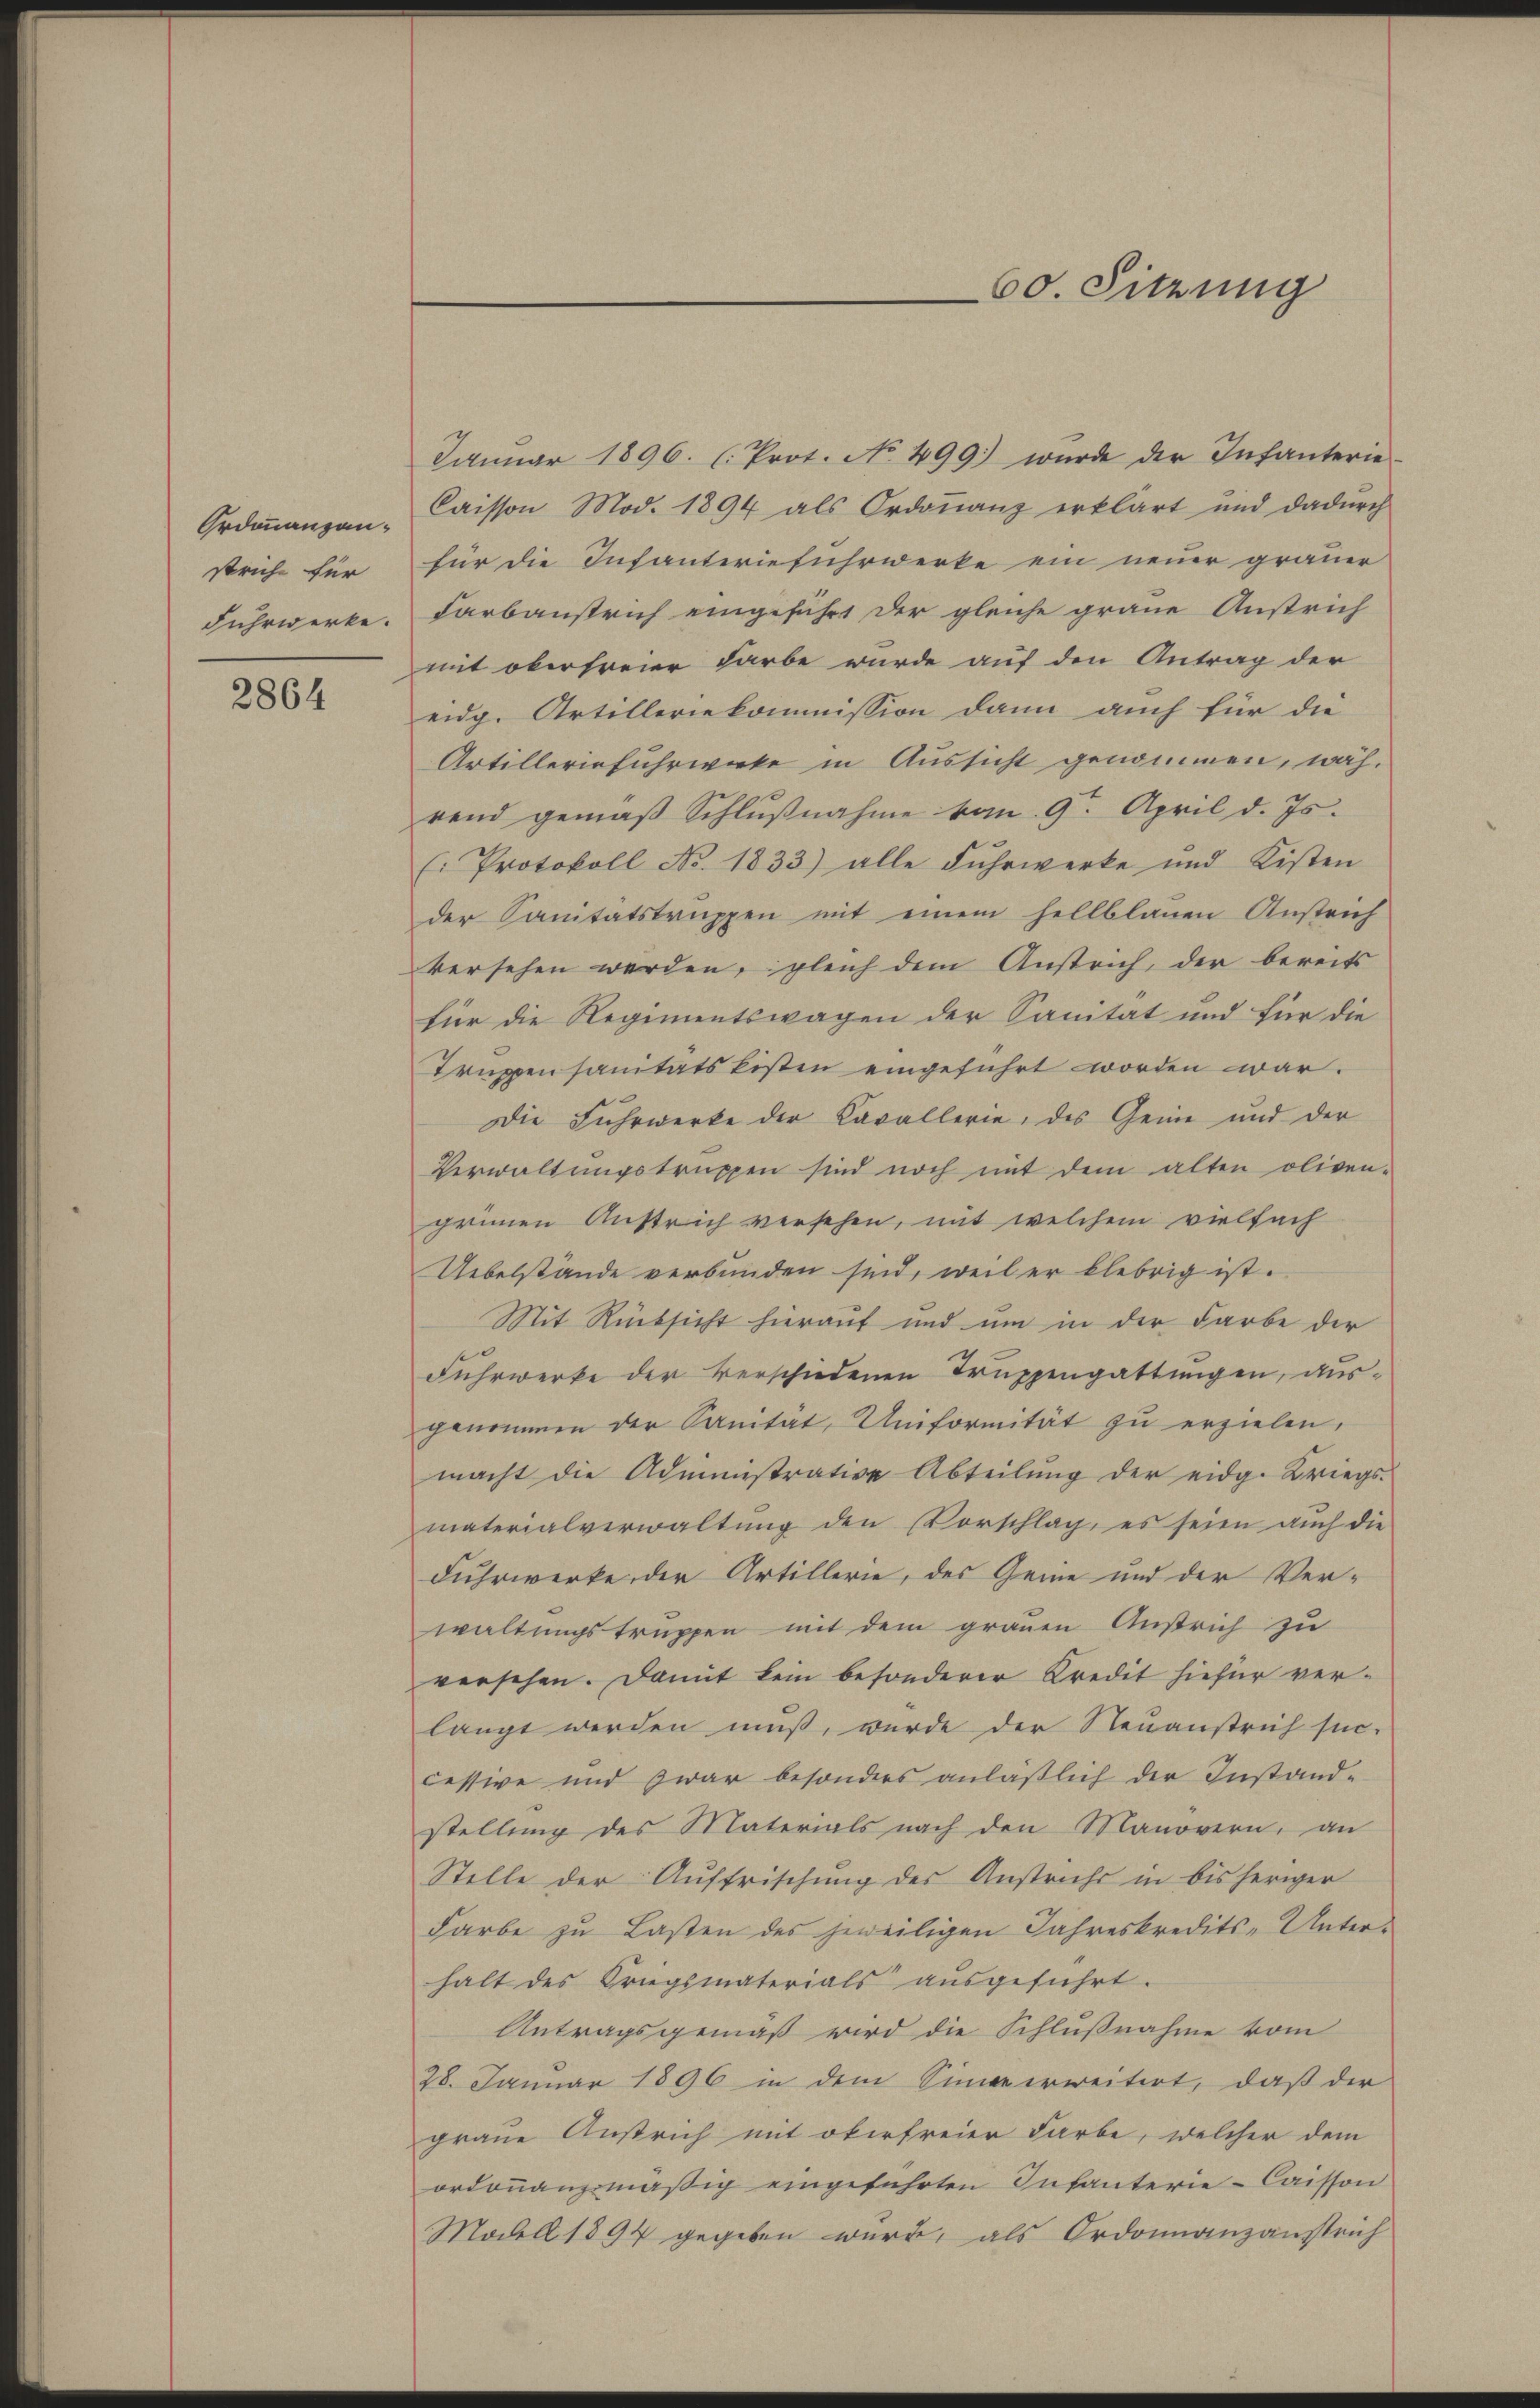
Ordinanzanspriche für
Fuhrwerke.

2864

Januar 1896. (Prot. No. 499. wurde der Infanterie-
Caisson Mod. 1894 als Ordonanz erklärt und dadŭrch
für die Infanteriefuhrwerke ein neuer grauer
Farbausrich eingeführt der gleiche graue Anstrich
mit oberfreier Farbe wurde auf den Antrag der
eidg. Artilleriekommission dann auch für die
Artillerinfuhrwerke in Aussicht genommen, während gemäβ Schlußnahme vom 9. April d. Js.
(: Protokoll No. 1833) alle Fuhrwerke und Kisten
der Sanitätstruppen mit einem hellblauen Anstrich
versehen werden, gleich dem Anstrich, der bereits
für die Regimentswagen der Sanität und für die
Truppen sanitätskisten eingeführt worden war.
Die Fuhrwerke der Kavallerie, des Gemde und der
Verwaltungstruppen sind noch mit dem alten oliven-
grünen Anstrich versehen, mit welchem vielfach
Uebelstände verbunden sind, weil er klebrig ist.
Mit Rücksicht hierauf und um in der Farbe der
Fuhrwerke der verschiedenen Truppengattungen, ausgenommen der Sanität, Uniformität zu erzielen,
macht die Administrative Abteilŭng der eidg. Kriegs-
materialverwaltung den Vorschlag, es seien auch die
Fuhrwerke der Artillerie, des Genie und der Ver-
waltungstruppen mit dem grauen Austrich zu
versehen. Damit kein besonderer Kredit hiefür ver-
langt werden muß, wurde der Neuanstrich suc-
cessive und zwar besonders anläßlich der Instand-
stellung des Materials nach den Manovern, an
Stelle der Auffrischung des Anstruchs in bisheriger
Farbe zu Lasten des jeweiligen Jahreskredits-Unterhalt des Kriegsmaterials ausgeführt.
Antragsgemäß wird die Schlußnahme vom
28. Januar 1896 in dem Sinne erweitert, daß der
graue Ausrich mit oberfreier Farbe, welcher dem
ordonanzmäßig eingeführten Infanterie-Caisson
Modell 1894 gegeben wurde, als Ordonnanzanstrich

60. Sitzung